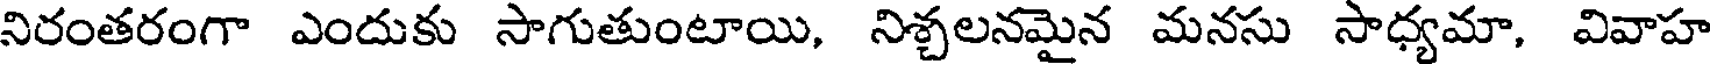
నిరంతరంగా ఎందుకు సాగుతుంటాయి, నిశ్చలనమైన మనసు సాధ్యమా, వివాహ